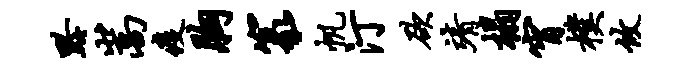
黔嵩疫胸篆帆汀欲靖榻宵朴攸